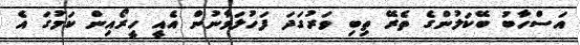
އަސްހާބު ބޭކަލުންގެ ތެރޭ ތިބި ވަރުގަދަ ފަހުލަވާނުން އެއީ ހީރޯއިން ކަމުގަ އެ